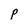
Character: P